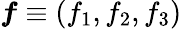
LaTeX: \boldsymbol{f}\equiv(f_{1},f_{2},f_{3})